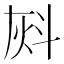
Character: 𰞈